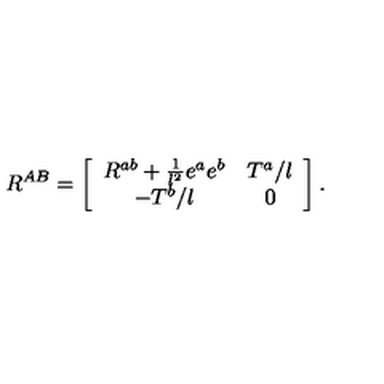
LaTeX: R ^ { A B } = \left[ \begin{array} { c c } { R ^ { a b } + \frac { 1 } { l ^ { 2 } } e ^ { a } e ^ { b } } & { T ^ { a } / l } \\ { - T ^ { b } / l } & { 0 } \\ \end{array} \right] .